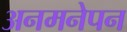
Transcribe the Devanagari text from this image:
अनमनेपन